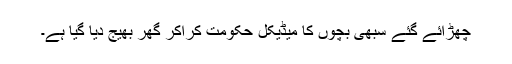
چھڑائے گئے سبھی بچوں کا میڈیکل حکومت کراکر گھر بھیج دیا گیا ہے۔